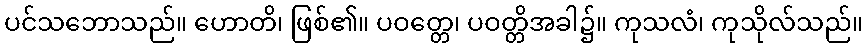
ပင်သဘောသည်။ ဟောတိ၊ ဖြစ်၏။ ပဝတ္တေ၊ ပဝတ္တိအခါ၌။ ကုသလံ၊ ကုသိုလ်သည်။